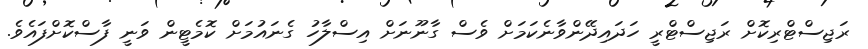
ރަޖިސްޓްރިކޮށް ރަޖިސްޓްރީ ހަދައިދޭންވާނެކަމަށް ވެސް ގާނޫނަށް އިސްލާހު ގެނައުމަށް ކޮމެޓީން ވަނީ ފާސްކޮށްފައެވެ.